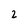
Character: 2